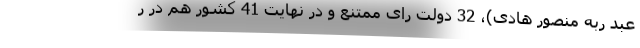
عبد ربه منصور هادی)، 32 دولت رای ممتنع و در نهایت 41 کشور هم در ر